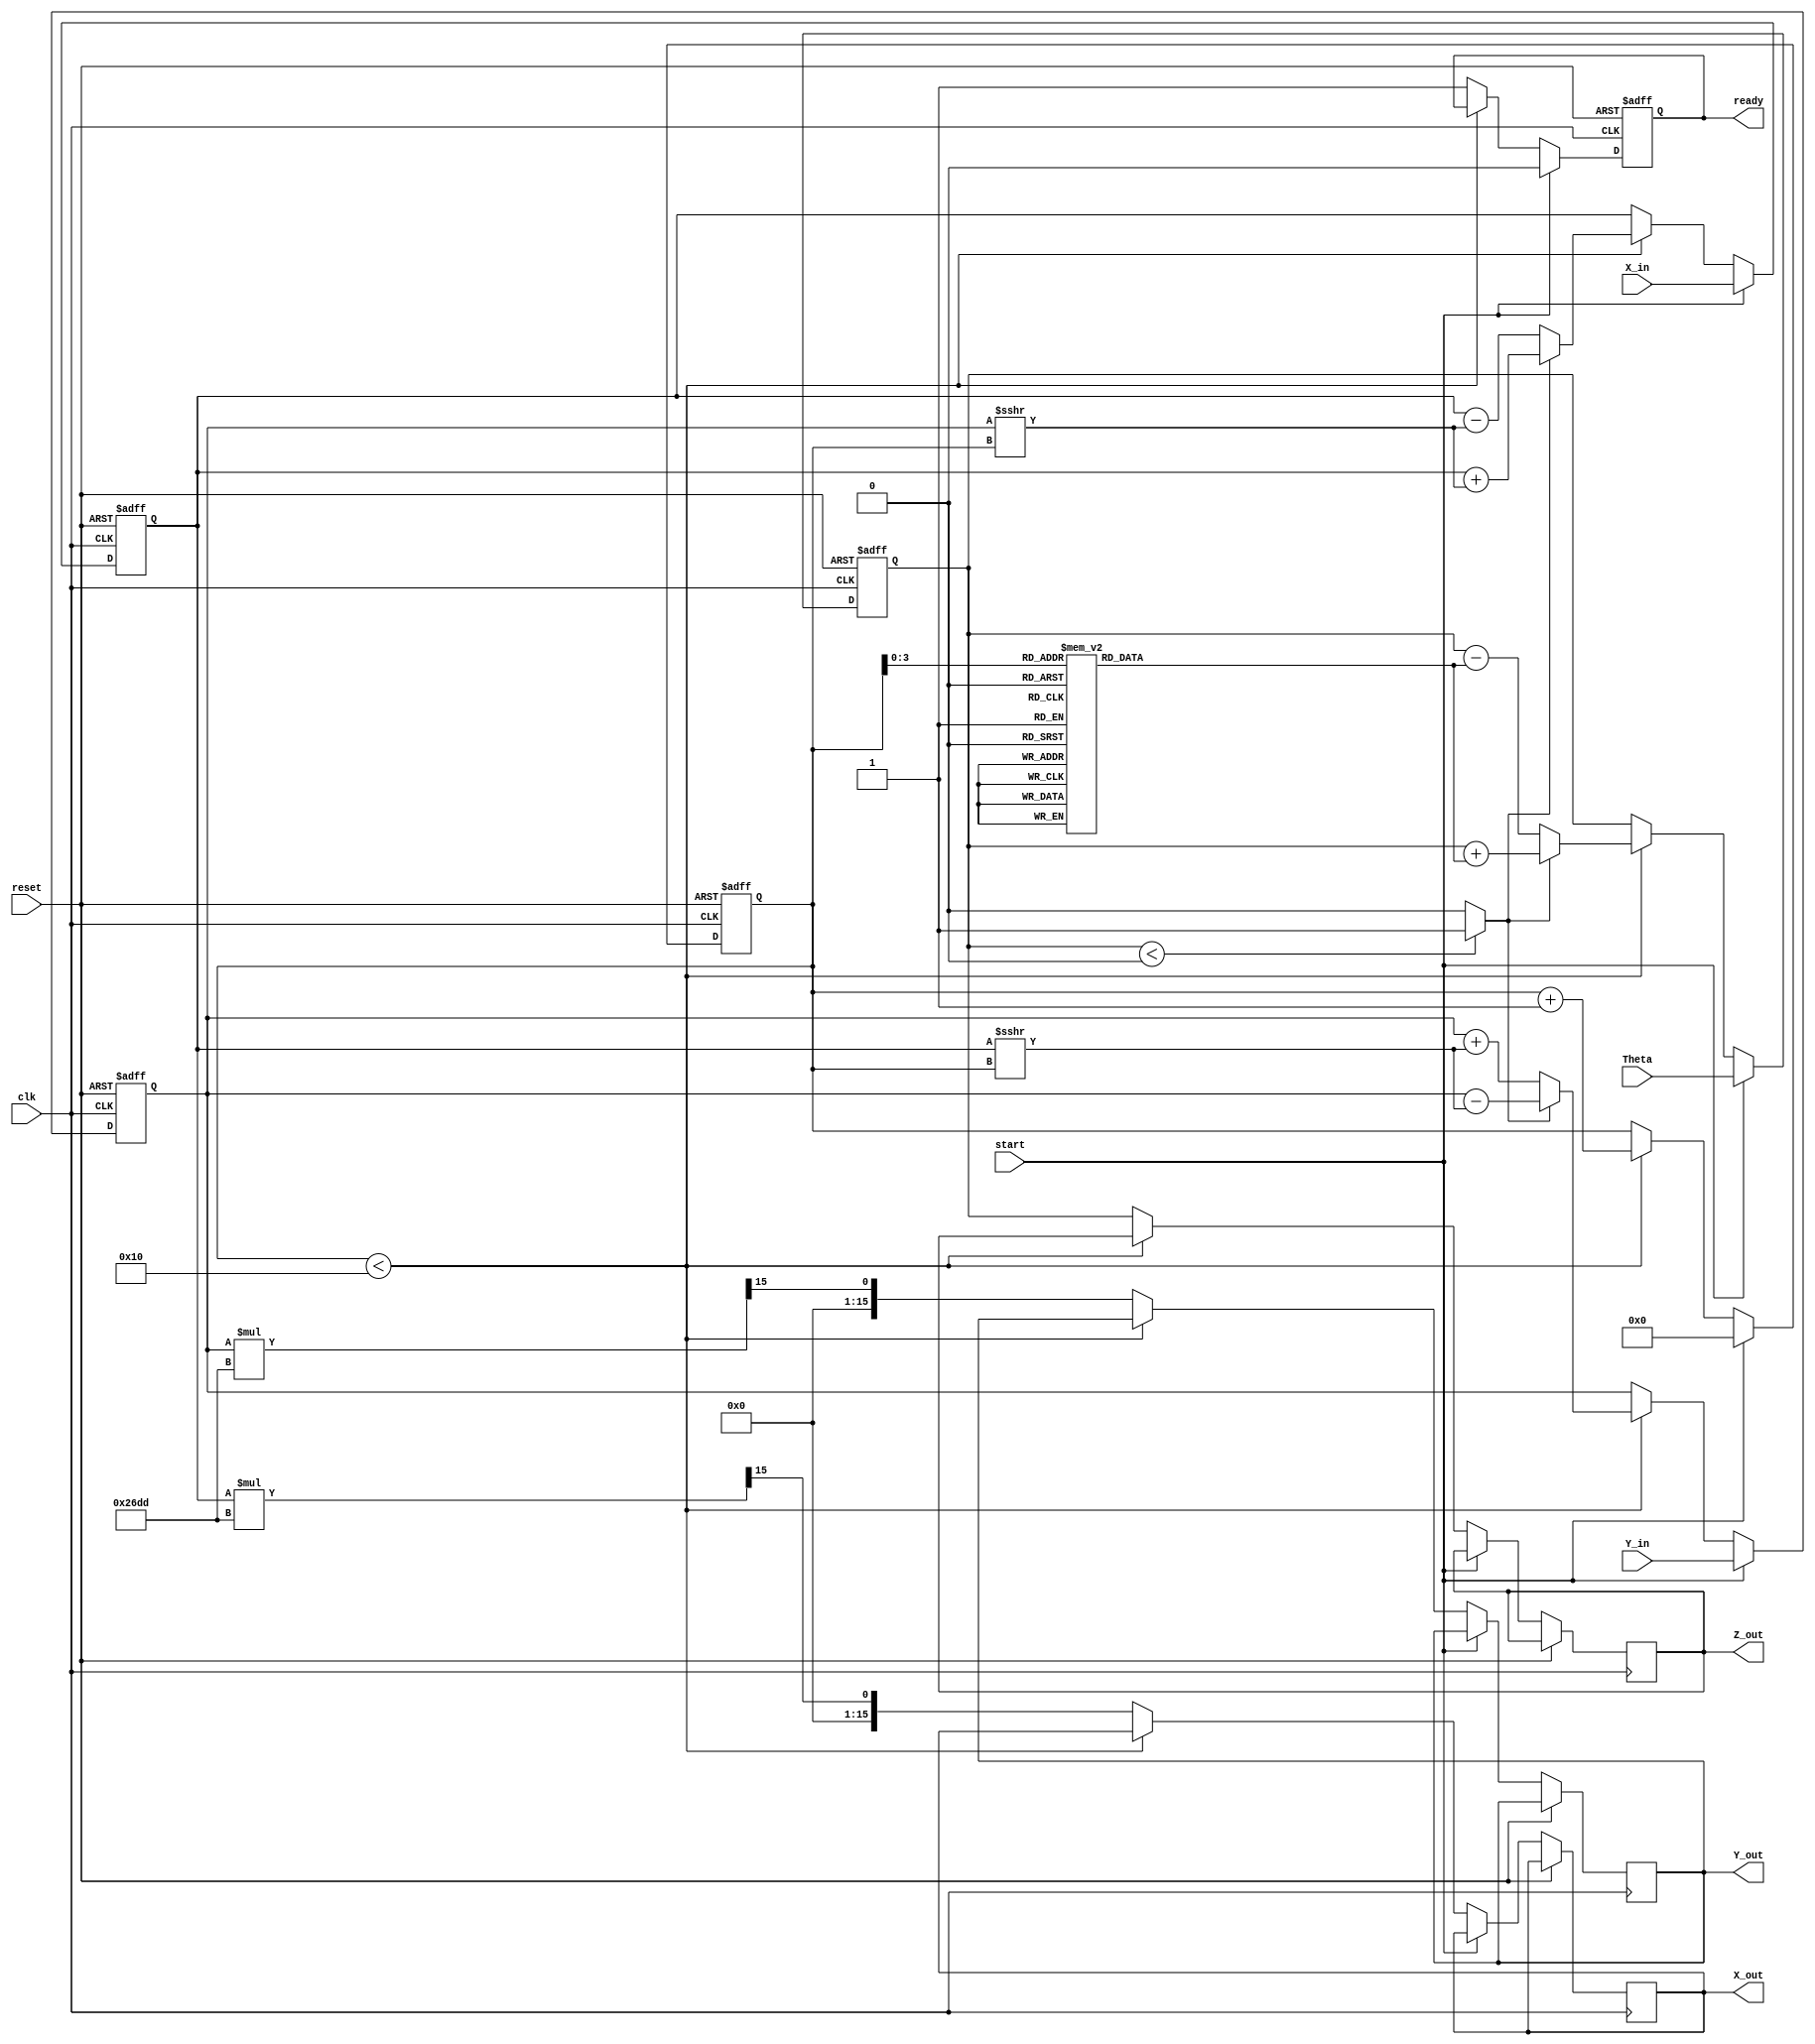
module cordic_2d(
    input wire clk,
    input wire reset,
    input wire start,
    input wire signed [15:0] X_in,
    input wire signed [15:0] Y_in,
    input wire signed [15:0] Theta,
    output reg signed [15:0] X_out,
    output reg signed [15:0] Y_out,
    output reg signed [15:0] Z_out,
    output reg ready
);

    // Parameters
    parameter NUM_ITERATIONS = 16;
    parameter K = 16'h26DD; // Scaling factor for CORDIC (K = 0.6072 in fixed-point)

    // Internal registers
    reg signed [15:0] X_reg, Y_reg, Z_reg;
    reg [4:0] iteration_count;
    reg signed [15:0] angle_table [0:NUM_ITERATIONS-1];

    // Control Logic
    reg rotate_direction;
    reg iteration_done;

    // Initialize the angle lookup table
    initial begin
        angle_table[0] = 16'h2000; // atan(2^0) = 0.7854
        angle_table[1] = 16'h1000; // atan(2^-1)
        angle_table[2] = 16'h0800; // atan(2^-2)
        angle_table[3] = 16'h0400; // atan(2^-3)
        angle_table[4] = 16'h0200; // atan(2^-4)
        angle_table[5] = 16'h0100; // atan(2^-5)
        angle_table[6] = 16'h0080; // atan(2^-6)
        angle_table[7] = 16'h0040; // atan(2^-7)
        angle_table[8] = 16'h0020; // atan(2^-8)
        angle_table[9] = 16'h0010; // atan(2^-9)
        angle_table[10] = 16'h0008; // atan(2^-10)
        angle_table[11] = 16'h0004; // atan(2^-11)
        angle_table[12] = 16'h0002; // atan(2^-12)
        angle_table[13] = 16'h0001; // atan(2^-13)
        angle_table[14] = 16'h0000; // atan(2^-14)
        angle_table[15] = 16'hFFFF; // atan(2^-15) (approximation)
    end

    // Main CORDIC logic
    always @(posedge clk or posedge reset) begin
        if (reset) begin
            X_reg <= 0;
            Y_reg <= 0;
            Z_reg <= 0;
            iteration_count <= 0;
            ready <= 0;
            iteration_done <= 0;
        end else if (start) begin
            // Load inputs
            X_reg <= X_in;
            Y_reg <= Y_in;
            Z_reg <= Theta;
            iteration_count <= 0;
            ready <= 0;
            iteration_done <= 0;
        end else if (iteration_count < NUM_ITERATIONS) begin
            // Determine the rotation direction
            rotate_direction = (Z_reg < 0) ? 1 : 0;

            // Perform the CORDIC rotation
            if (rotate_direction) begin
                X_reg <= X_reg + (Y_reg >>> iteration_count);
                Y_reg <= Y_reg - (X_reg >>> iteration_count);
                Z_reg <= Z_reg + angle_table[iteration_count];
            end else begin
                X_reg <= X_reg - (Y_reg >>> iteration_count);
                Y_reg <= Y_reg + (X_reg >>> iteration_count);
                Z_reg <= Z_reg - angle_table[iteration_count];
            end

            iteration_count <= iteration_count + 1;
        end else begin
            // Final scaling
            X_out <= (X_reg * K) >>> 15; // Scale output
            Y_out <= (Y_reg * K) >>> 15; // Scale output
            Z_out <= Z_reg;
            ready <= 1;
        end
    end
endmodule